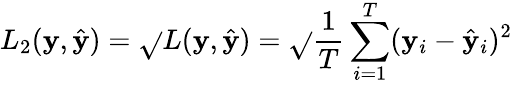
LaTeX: L_{2}(\mathbf{y},\hat{{\mathbf{y}}})=\sqrt{}{{L(\mathbf{y},\hat{{\mathbf{y}}})}}=\sqrt{}{{\frac{{1}}{{T}}\sum_{i=1}^{T}(\mathbf{y}_{i}-\hat{{\mathbf{y}}}_{i})^{2}}}